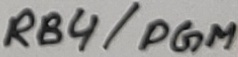
Text: RB4/PGM